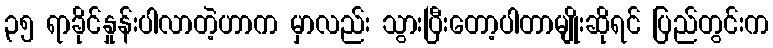
၃၅ ရာခိုင်နှုန်းပါလာတဲ့ဟာက မှာလည်း သွားပြီးတော့ပါတာမျိုးဆိုရင် ပြည်တွင်းက